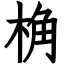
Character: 桷